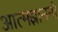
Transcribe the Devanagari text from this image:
आत्मज्ञाननो